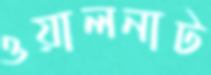
ওয়ালনাট